Medical and sanitary report of the native army of Bengal for the year
Year: 1874
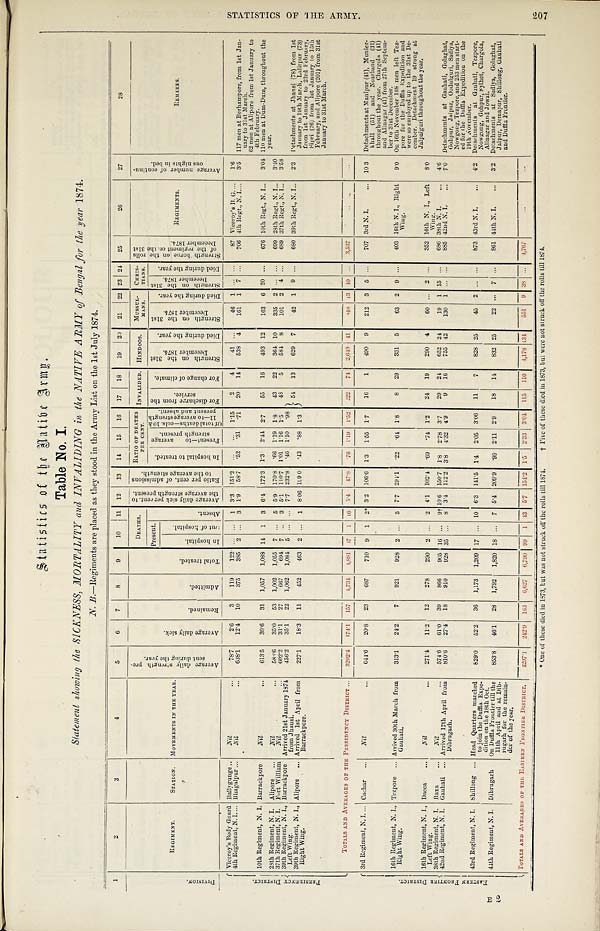
Statistics of the Native Army.
Table No. I.
Statement showing the SICKNESS, MORTALITY and INVALIDING in the NATIVE ARMY of Bengal for the year 1874.
N. B.—Regiments are placed as they stood in the Army List on the 1st July 1874.
1
2
3
4
5
6
7
8
9
10
11 12 13 14 15 16 17 18
19 20 21 22 23 24 25
26
27
28
D I V I S I O N .
REGIMENT.
STATION. MOVEMENT IN THE YEAR.
A v e r a g e d a i l y s t r e n g t h p r e - s e n t d u r i n g t h e y e a r .
A v e r a g e d a i l y s i c k .
R e ma i n d e d .
Ad mi t t e d .
T o t a l t r e a t e d .
DEATHS
A v e r a g e d a i l y s i c k p e r c e n t . t o t h e a v e r a g e s t r e n g t h p r e s e n t . R a t i o p e r c e n t . o f a d m i s s i o n s t o t h e a v e r a g e s t r e n g t h .
R A T I O O F D E A T H S P E R C E N T .
I N V A L I D E D .
HINDOOS. MUSSUL-MANS. CHRISTIANS. S t r e n g t h b o r n e o n t h e r o l l s o f t h e r e g i m e n t o n t h e 3 1 s t D e c e m b e r 1 8 7 4 .
R E G I M E N T S .
A v e r a g e n u m b e r o f c o n t i n u - o u s n i g h t s i n b e d .
REMARKS.
Present. Absent.
I n h o s p i t a l t o t r e a t e d . P r e s e n t — t o a v e r a g e s t r e n g t h p r e s e n t . O f t o t a l d e a t h s — c o l s . 1 0 & 1 1 — t o a v e r a g e s t r e n g t h p r e s e n t a n d a b s e n t .
F o r d i s c h a r g e f r o m t h e s e r v i c e .
F o r c h a n g e o f c l i m a t e . S t r e n g t h o n t h e 3 1 s t D e c e m b e r 1 8 7 4 .
D i e d d u r i n g t h e y e a r .
S t r e n g t h o n t h e 3 1 s t D e c e m b e r 1 8 7 4 .
D i e d d u r i n g t h e y e a r .
S t r e n g t h o n t h e 3 1 s t D e c e m b e r 1 8 7 4 .
D i e d d u r i n g t h e y e a r .
I n h o s p i t a l .
O u t o f h o s p i t a l .
P R E S I D E N C Y D I S T R I C T . Viceroy's Body Guard Ballygunge
Nil
7 8 . 7
2 . 6
3
1 1 9
1 2 2 . . . ... 1
3 . 3
1 5 1 . 2
. . .
. . .
1 . 1 5
2
4
4 1 . . .
4 6 1 . . . ...
8 7 Viceroy's B. G.
1.6
4th Regiment, N. I. Bhagalpur
Nil
.
6 3 8 . 1
1 2 . 4
1 0
3 7 5
3 8 5 2 ... 3
1 . 9
5 8 . 7
. 5 2
. 3 1
. 7 1
2 0
1 4
5 3 8
4
1 6 1 1 7
...
7 0 6 4th Regt., N. I.
3.5 117 men at Berhampore, from let Jan-
nary to 31st March.
62 men at Alipore from 1st January to
4th February.
10th Regiment, N. I. Barrackpore
Nil
6 1 3 . 5
3 9 . 6
3 1
1 , 0 5 7
1 , 0 8 8 1 4 1 3
6 . 4
1 7 2 . 3
1 . 3
2 . 4 4
2 . 7
5 5
1 6
4 9 3 1 2
1 6 3 6 2 0 ...
6 7 6 10th Regt., N. I.
3.04 110 men at Dum-Dum, throughout the
year.
28th Regiment, N. I. Alipore
Nil
5 8 8 . 6
3 5 . 0
6 2
1 , 0 0 2
1 , 0 5 5 7 ...
5
5 . 9
1 7 0 . 8
. 6 6
1 . 1 9
1 . 8
4 3
2 2
3 6 4 1 0
3 3 5 2 . . . ...
6 9 9 28th Regt., N. I.
3.40
37th Regiment, N. I. Fort William
Nil
6 0 2 . 2
3 1 . 1
2 7
6 6 7
6 9 4 7 ... 3
5 . 1
1 1 0 . 7
1 . 0 1
1 . 1 6
1 . 5
4 8
5
5 8 4 8
1 0 1 2 4 ...
6 8 9 37th Regt., N. I... 3.53
39th Regiment, N. I.,
Left Wing.
Barrackpore Arrived 21st January 1874
from Jhansi.
4 5 6 . 2
3 5 . 1
2 2
1 , 0 6 2
1 , 0 8 4 5 ... . . .
7 . 7
2 3 2 . 8
. 4 6
1 . 1 0
. 9 8 5 4
1 3
6 2 9 7
4 2 1 9 ...
6 8 0 39th Regt., N. I.
2.3 Detachments at Jhansi (78) from 1st
January to 19th March, Lalitpur (73)
from lst January to 23rd February,
Sipri (26) from 1st January to 15th
February, and Alipore (201) from 31st
January to 31st March.
39th Regiment, N. I.,
Right Wing.
Alipore
Arrived 1st April from
Barrackpore.
2 2 7 . 1
1 8 . 3
1 1
4 5 2
4 6 3 2 ... 1
8 . 0 6
1 9 9 . 0
. 4 3
. 8 8
1 . 3
TOTALS AND AVERAGES OF THE PRESIDENCY DISTRICT
3 2 0 2 . 4
1 7 4 . 1
1 5 7
4 , 7 3 4
4 , 8 9 1
4 7 1 1 6
5 . 4
4 7 . 8
. 7 6
1 . 1 9
1 . 5 2
2 2 2
7 4
2 , 6 4 9 4 1
8 4 8
1 3 4 0 ...
3 , 5 3 7
E A S T E R N F R O N T I E R D I S T R I C T .
3rd Regiment, N.I. Cachar
Nil
6 4 1 . 6
2 0 . 8
2 3
6 8 7
7 1 0
9 1
2 *
3 . 2
1 0 6 . 6
1 . 3
1 . 5 5
1 . 7
1 6
1
4 9 0 9
2 1 2 3 5 ...
7 0 7 3rd N. I.
1 0 . 3 Detachments at Manipur (41), Munier-
khall (51) and Noarband (31)
throughout the year. Chargola (41)
and Alinaar (41) from 27th Septe-
mber to 31st December.
16th Regiment, N. I.,
Right Wing.
Tezpore
Arrived 30th March from
Gauhati.
3 1 3 . 1
2 4 . 2
7
9 2 1
9 2 8 2 ... 5
7 . 7
2 9 1 . 1
. 2 2
. 6 4
1 . 8
8
2 9
3 3 1 5
6 3 2 9 ...
4 0 3 16th N. I., Right Wing.
9 . 0 On 16th November 165 men left Tez-
pore for the Duffla Expedition and
were so employed up to the 31st De-
cember. Detachment 19 strong at
Jalpaiguri throughout the year.
16th Regiment, N. I.,
Left Wing.
Dacca
Nil
2 7 1 . 4
1 1 . 2
1 2
2 7 8
2 9 0 2 ...
2
4 . 1
1 0 2 . 4
. 6 9
. 7 4
1 . 2
2 4
1 9
2 9 0 4
6 0 . . . 2 ...
3 5 2 16th N. I., Left Wing.
8 . 0
38th Regiment, N. I. Baxa
Nil
5 7 4 . 6
6 1 . 0
3 9
8 6 6
9 0 5 1 6
...
9 † 1 0 . 6
1 5 0 . 7
1 . 8
2 . 7 8
3 . 7
2 9
2 4
6 5 2 2 4
1 9 1 1 5 ...
6 8 6 38th N. I.
4 . 6
42nd Regiment, N. I. Gauhati
Arrived 17th April from
Dibrugarh.
8 1 0 . 6
2 7 . 4
1 8
9 1 0
9 2 8 3 5 ...
8 3 . 4
1 1 2 . 2
3 . 8
4 . 3 2
4 . 9
9
1 6
7 5 5 4 2
1 3 0 1 . . .
...
8 8 5 42nd N. I.
7 . 0 Detachments at Gauhati, Golaghat,
Gohpur, Jaipur, Oodulguri, Sadiya,
Nowgong, Tezpore, and 253 men start
-ed
for the Duffla Expedition on the
19th November.
43rd Regiment, N. I. Shillong
Head Quarters marched
to join the Duffla Expe-
dition on the 18th Oct.
6 2 9 . 0
5 2 . 2
3 6
1 , 1 7 3
1 , 2 0 9 1 7 ... 1 0
6 . 3
1 4 1 . 5
1 . 4
2 . 0 5
3 . 0 6
1 1
7
8 2 8 2 5
4 5 2 . . . ...
8 7 3 43rd N. I.
4 . 2 Detachments at Gauhati, Tezpor
e, Nowgong, Gohpur, Sylhet, Chargola,
Alinagar and Jowai.
44th Regiment, N. I. Dibrugarh On Duffla Frontier till the
11th April and at Dib-
rugarh for the remain-
der of the year.
8 5 3 . 8
4 6 . 1
2 8
1 , 7 9 2
1 , 8 2 0 1 8 ... 7
5 . 4
2 0 9 . 9
. 9 9
2 . 1 1
2 . 9
1 8
1 4
8 3 2 2 5
2 2 . . . 7 ...
8 6 1 44th N. I.
3 . 2 Detachments at Sadiya, Golaghat,
Jaipur, Demapur, Shillong, Gauhati
and Duffla Frontier.
TOTALS AND AVERAGES OF THE EASTERN FRONTI ER DI STRI CT.
4297.1
242.9 163
6 , 6 2 7
6 , 7 9 0
9 9 1 4 3
5 . 7
1 5 4 . 2
1 . 5
2 . 3 3 3.04
1 1 5 110
4 , 1 7 8
134
5 5 1
9 3 8 ...
4 , 7 6 7 ...
...
'* One of these diein 183, but was no struck off the rolls till 1874. † Five of these died in 1873, but were not struck off the rolls till 1874
STATISTICS OF THE ARMY.
207